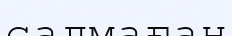
салмаған